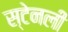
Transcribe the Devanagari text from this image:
स्‍टेनली